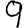
Digit: 9